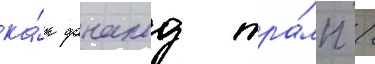
ка́к дональд тра́мп /